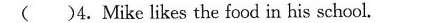
( )4.Mike likes the food in his school.